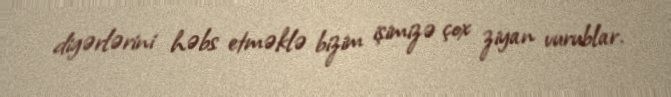
digərlərini həbs etməklə bizim işimizə çox ziyan vurublar.